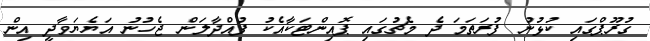
ގުރޫޕްގައި ކުޅުނު ފުރަަތަމަ ދެ މެޗުގައި ޕޮއިންޓަކާއެކު ފުއްދާލަަން ޖެހުނު އަޔެޔަވާދީ އިން